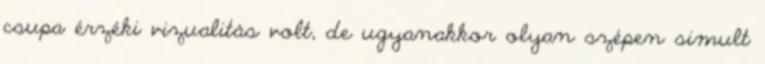
csupa érzéki vizualitás volt, de ugyanakkor olyan szépen simult